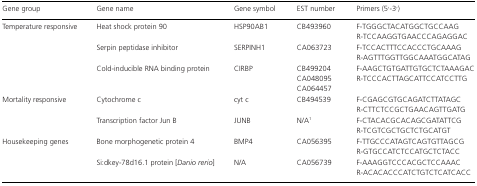
<table><thead><tr><td><b>Gene group</b></td><td><b>Gene name</b></td><td><b>Gene symbol</b></td><td><b>EST number</b></td><td><b>Primers (5′-3′)</b></td></tr></thead><tbody><tr><td>Temperature responsive</td><td>Heat shock protein 90</td><td>HSP90AB1</td><td>CB493960</td><td>F-TGGGCTACATGGCTGCCAAG</td></tr><tr><td></td><td></td><td></td><td></td><td>R-TCCAAGGTGAACCCAGAGGAC</td></tr><tr><td></td><td>Serpin peptidase inhibitor</td><td>SERPINH1</td><td>CA063723</td><td>F-TCCACTTTCCACCCTGCAAAG</td></tr><tr><td></td><td></td><td></td><td></td><td>R-AGTTTGGTTGGCAAATGGCATAG</td></tr><tr><td></td><td>Cold-inducible RNA binding protein</td><td>CIRBP</td><td>CB499204</td><td>F-AAGCTGTGATTGTGCTCTAAAGAC</td></tr><tr><td></td><td></td><td></td><td>CA048095</td><td>R-TCCCACTTAGCATTCCATCCTTG</td></tr><tr><td></td><td></td><td></td><td>CA064457</td><td></td></tr><tr><td>Mortality responsive</td><td>Cytochrome c</td><td>cyt c</td><td>CB494539</td><td>F-CGAGCGTGCAGATCTTATAGC</td></tr><tr><td></td><td></td><td></td><td></td><td>R-CTTCTCCGCTGAACAGTTGATG</td></tr><tr><td></td><td>Transcription factor Jun B</td><td>JUNB</td><td>N/A1</td><td>F-CTACACGCACAGCGATATTCG</td></tr><tr><td></td><td></td><td></td><td></td><td>R-TCGTCGCTGCTCTGCATGT</td></tr><tr><td>Housekeeping genes</td><td>Bone morphogenetic protein 4</td><td>BMP4</td><td>CA056395</td><td>F-TTGCCCATAGTCAGTGTTAGCG</td></tr><tr><td></td><td></td><td></td><td></td><td>R-GTGCCATCTCCATGCTCTACC</td></tr><tr><td></td><td>Si:dkey-78d16.1 protein [<i>Danio rerio</i>]</td><td>N/A</td><td>CA056739</td><td>F-AAAGGTCCCACGCTCCAAAC</td></tr><tr><td></td><td></td><td></td><td></td><td>R-ACACACCCATCTGTCTCATCACC</td></tr></tbody></table>